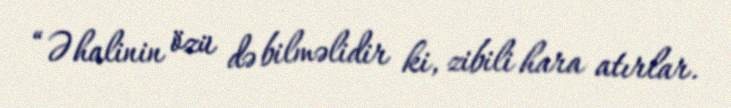
“Əhalinin özü də bilməlidir ki, zibili hara atırlar.